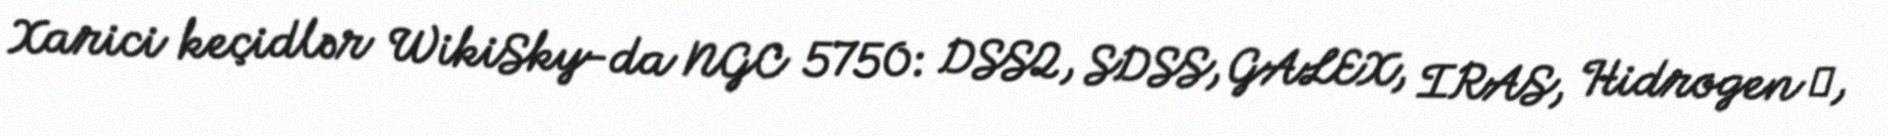
Xarici keçidlər WikiSky-da NGC 5750: DSS2, SDSS, GALEX, IRAS, Hidrogen α,